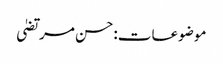
موضوعات:حسن مرتضیٰ